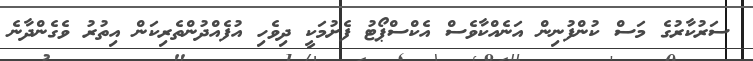
ސަރުކާރުގެ މަސް ކުންފުނިން އަނެއްކާވެސް އެކްސްޕޯޓު ފެށުމަކީ ދިވެހި އުފެއްދުންތެރިކަން އިތުރު ވެގެންދާނެ